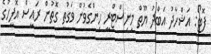
ފޮޓޯ: އަޝްހާދު އަބްދު ޔޫތް މިނިސްޓްރީ ހިންގެވުން ވަގުތީ ގޮތުން ރައީސް އޮފީހުގެ